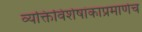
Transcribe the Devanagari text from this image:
व्यक्तिविशेषांकाप्रमाणेच